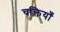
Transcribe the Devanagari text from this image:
चक्तियाँ